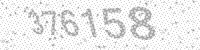
Solution: 376158